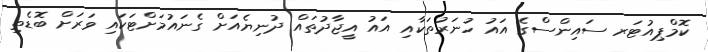
ކޮމްޕިއުޓަރ ސައިންސްގެ އައު ހުނަރުތަކާއި އައު އީޖާދުތައް ދުނިޔެއަށް ގެނައުމަށްޓަކައި ވަރަށް ބޮޑެތި